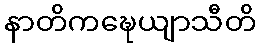
နာတိကဍ္ဎေယျာသီတိ